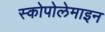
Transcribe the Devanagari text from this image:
स्कोपोलेमाइन